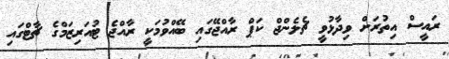
ރައީސް އިތުރަށް ވިދާޅުވީ ޗެލެންޖް ކަޕް ރާއްޖޭގައި ބޭއްވުމަކީ ރާއްޖެ ޓުއަރިޒަމްގެ ޗާޓްގައި